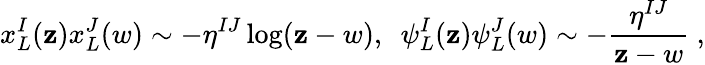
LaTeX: x_{L}^{I}(\mathbf{z})x_{L}^{J}(w)\sim-\eta^{IJ}\log(\mathbf{z}-w),~~\psi_{L}^{I}(\mathbf{z})\psi_{L}^{J}(w)\sim-{\frac{{\eta^{IJ}}}{{\mathbf{z}-w}}}\ ,